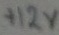
Text: +12V